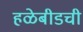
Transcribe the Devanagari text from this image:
हळेबीडची